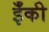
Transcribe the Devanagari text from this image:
ईँकी